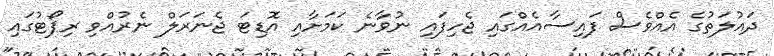
ދައުލަތުގެ އެއްވެސް ފައިސާއެއްގައި ޖެހިފައި ނުވާނެ ކަމަށާއި އޮޑިޓަ ޖެނަރަލް ނެރުއްވި ރިޕޯޓުގައި